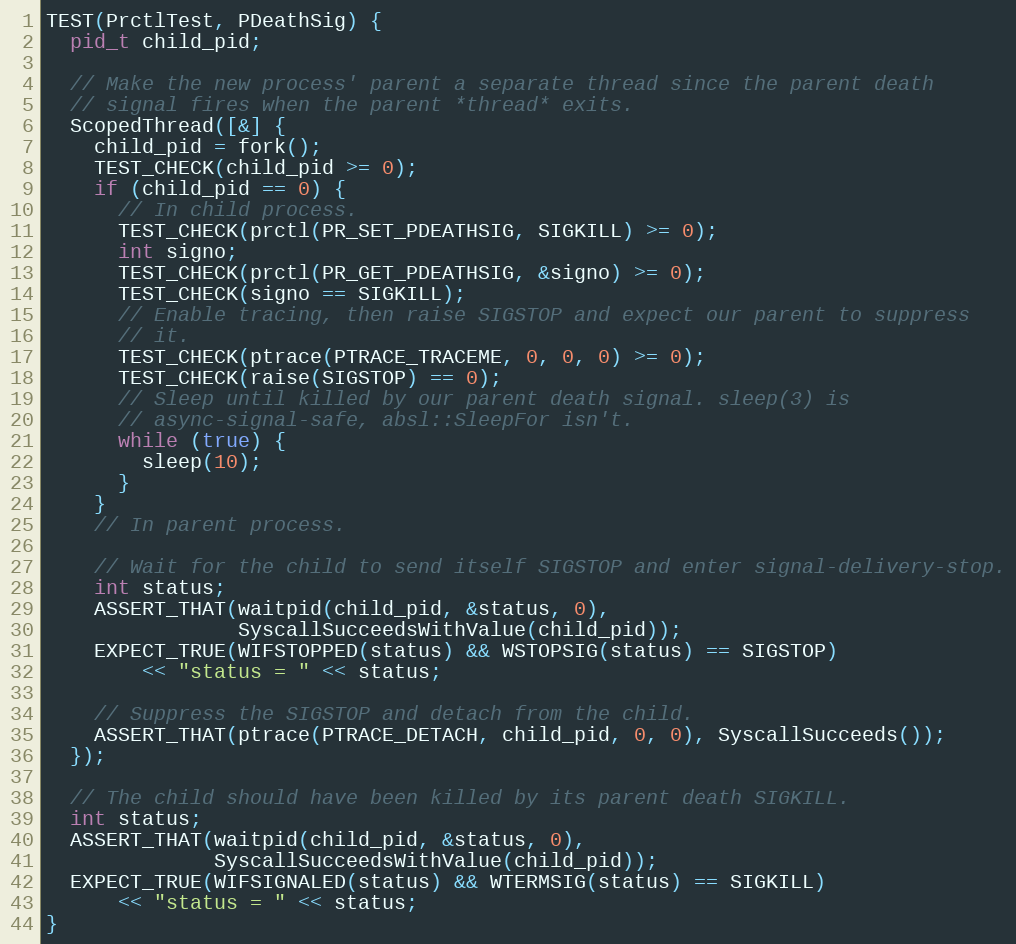
Language: C++
TEST(PrctlTest, PDeathSig) {
  pid_t child_pid;

  // Make the new process' parent a separate thread since the parent death
  // signal fires when the parent *thread* exits.
  ScopedThread([&] {
    child_pid = fork();
    TEST_CHECK(child_pid >= 0);
    if (child_pid == 0) {
      // In child process.
      TEST_CHECK(prctl(PR_SET_PDEATHSIG, SIGKILL) >= 0);
      int signo;
      TEST_CHECK(prctl(PR_GET_PDEATHSIG, &signo) >= 0);
      TEST_CHECK(signo == SIGKILL);
      // Enable tracing, then raise SIGSTOP and expect our parent to suppress
      // it.
      TEST_CHECK(ptrace(PTRACE_TRACEME, 0, 0, 0) >= 0);
      TEST_CHECK(raise(SIGSTOP) == 0);
      // Sleep until killed by our parent death signal. sleep(3) is
      // async-signal-safe, absl::SleepFor isn't.
      while (true) {
        sleep(10);
      }
    }
    // In parent process.

    // Wait for the child to send itself SIGSTOP and enter signal-delivery-stop.
    int status;
    ASSERT_THAT(waitpid(child_pid, &status, 0),
                SyscallSucceedsWithValue(child_pid));
    EXPECT_TRUE(WIFSTOPPED(status) && WSTOPSIG(status) == SIGSTOP)
        << "status = " << status;

    // Suppress the SIGSTOP and detach from the child.
    ASSERT_THAT(ptrace(PTRACE_DETACH, child_pid, 0, 0), SyscallSucceeds());
  });

  // The child should have been killed by its parent death SIGKILL.
  int status;
  ASSERT_THAT(waitpid(child_pid, &status, 0),
              SyscallSucceedsWithValue(child_pid));
  EXPECT_TRUE(WIFSIGNALED(status) && WTERMSIG(status) == SIGKILL)
      << "status = " << status;
}